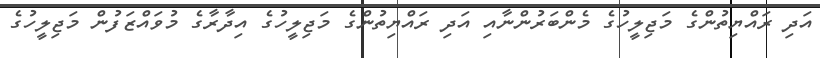
އަދި ރައްޔިތުންގެ މަޖިލީހުގެ މެންބަރުންނާއި އަދި ރައްޔިތުންގެ މަޖިލީހުގެ އިދާރާގެ މުވައްޒަފުން މަޖިލީހުގެ